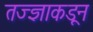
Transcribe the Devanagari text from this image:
तज्‍ज्ञाकडून